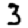
Digit: 3